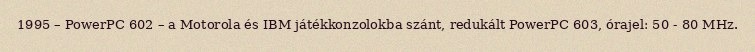
1995 – PowerPC 602 – a Motorola és IBM játékkonzolokba szánt, redukált PowerPC 603, órajel: 50 - 80 MHz.